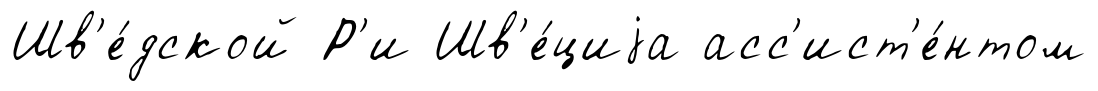
Шв'е́дской Р'и Шв'е́циjа асс'ист'е́нтом